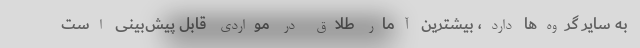
به سایر گروه‌ها دارد، بیشترین آمار طلاق در مواردی قابل پیش‌بینی است